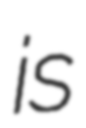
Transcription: is